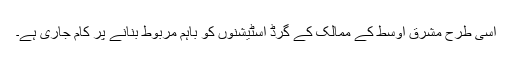
اسی طرح مشرقِ اوسط کے ممالک کے گرڈ اسٹیشنوں کو باہم مربوط بنانے پر کام جاری ہے۔